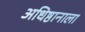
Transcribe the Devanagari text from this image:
अधिष्ठानाला